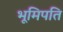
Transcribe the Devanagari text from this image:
भूमिपति